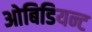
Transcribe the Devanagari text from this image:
ओबिडियन्ट